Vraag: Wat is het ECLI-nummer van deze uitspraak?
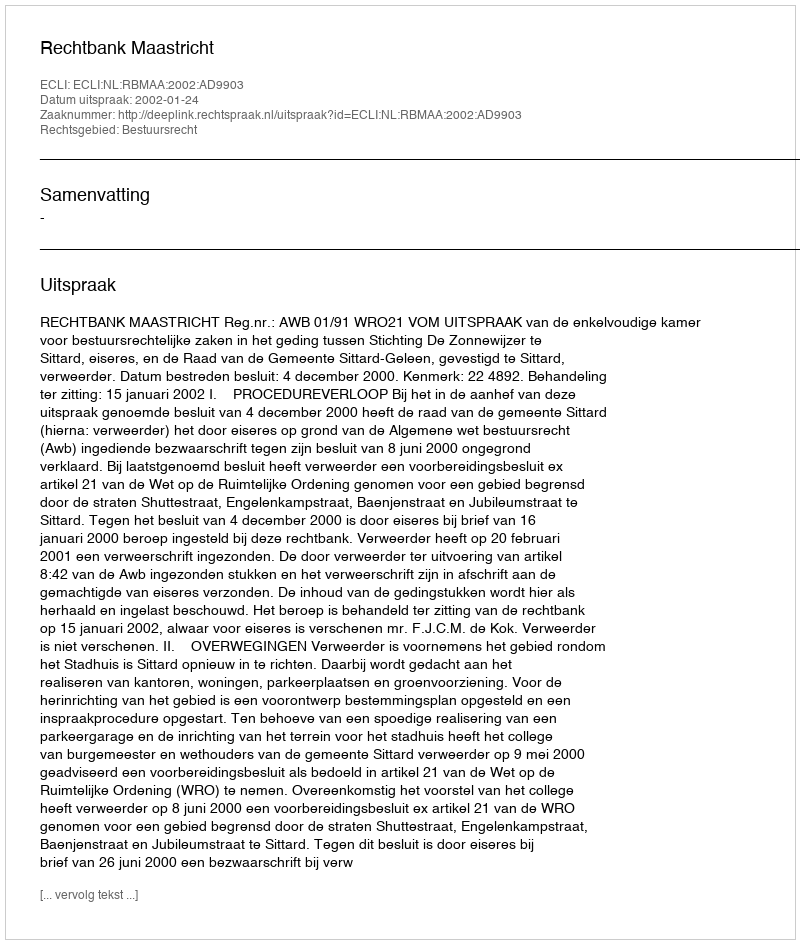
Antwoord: ECLI:NL:RBMAA:2002:AD9903